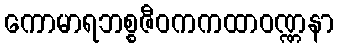
ကောမာရဘစ္စဇီဝကကထာဝဏ္ဏနာ